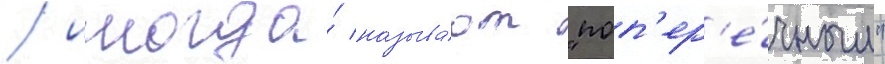
/ иногда́ называ́ют "поп'ер'е́чным"